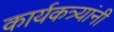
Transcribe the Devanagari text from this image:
कार्यकत्र्यांनी